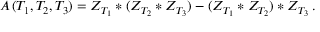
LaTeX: A \, ( T _ { 1 } , T _ { 2 } , T _ { 3 } ) = Z _ { T _ { 1 } } * ( Z _ { T _ { 2 } } * Z _ { T _ { 3 } } ) - ( Z _ { T _ { 1 } } * Z _ { T _ { 2 } } ) * Z _ { T _ { 3 } } \, .